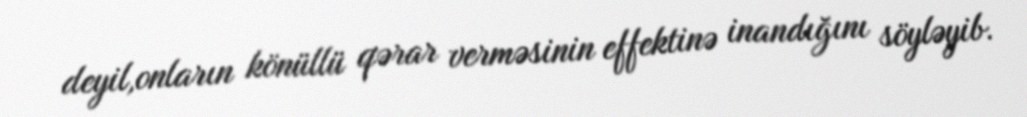
deyil,onların könüllü qərar verməsinin effektinə inandığını söyləyib.